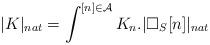
LaTeX: \begin{align*}|K|_{nat} = \int^{[n]\in \mathcal{A}} K_n.|\square_S[n]|_{nat}\end{align*}